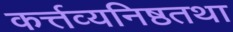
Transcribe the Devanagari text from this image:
कर्त्तव्यनिष्ठतथा